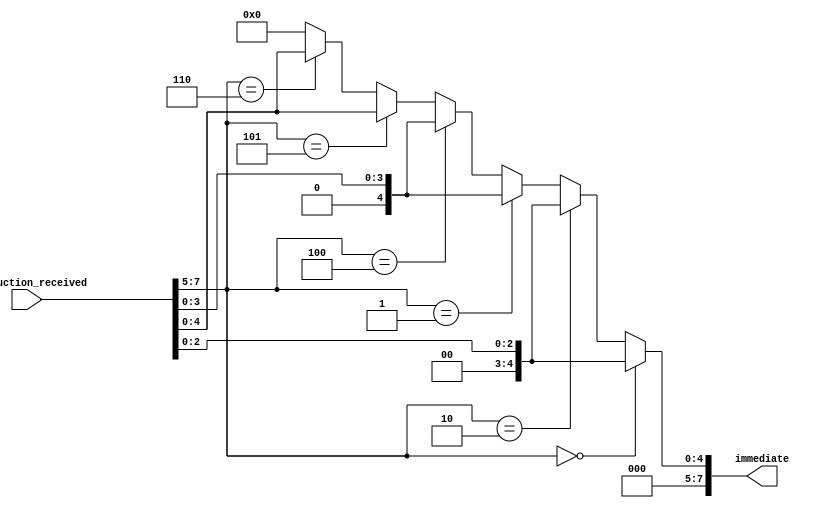
module extensor_de_sinal(instruction_received, immediate);
	input [7:0] instruction_received;
	output [7:0] immediate;
	
	wire [2:0] opcode = instruction_received [7:5];
	
	assign immediate = 
	(opcode == 3'b000) ?  instruction_received[2:0] : // store
	(opcode == 3'b010) ?  instruction_received[2:0] : // load
	(opcode == 3'b001) ?  instruction_received[3:0] ://  la
	(opcode == 3'b100) ?  instruction_received[3:0] ://  addi
	(opcode == 3'b101) ?  instruction_received[4:0] ://  beq
	(opcode == 3'b110) ?	 instruction_received[4:0] : 8'b00000000; // j

endmodule